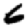
Digit: 6